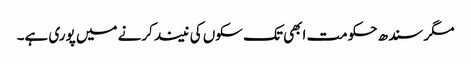
مگر سندھ حکومت ابھی تک سکوں کی نیند کرنے میں پوری ہے۔